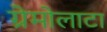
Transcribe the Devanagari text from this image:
ग्रेमोलाटा